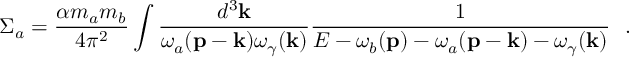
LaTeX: \Sigma _ { a } = \frac { \alpha m _ { a } m _ { b } } { 4 \pi ^ { 2 } } \int \frac { d ^ { 3 } { \mathbf { k } } } { \omega _ { a } ( { \mathbf { p } } - { \mathbf { k } } ) \omega _ { \gamma } ( { \mathbf { k } } ) } \frac { 1 } { E - \omega _ { b } ( { \mathbf { p } } ) - \omega _ { a } ( { \mathbf { p } } - { \mathbf { k } } ) - \omega _ { \gamma } ( { \mathbf { k } } ) } \ \ .